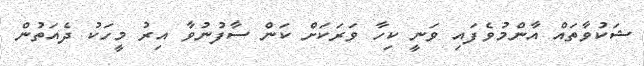
ޝަކުވާތައް އާންމުވެފައި ވަނީ ކިހާ ވަރަކަށް ކަން ސާފުނުވާ އިރު މީހަކު ދެއަތުން